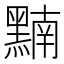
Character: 𪑮